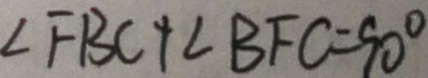
\angle F B C + \angle B F C = 9 0 ^ { \circ }